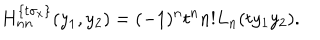
H _ { n n } ^ { \{ t \sigma _ { x } \} } ( y _ { 1 } , y _ { 2 } ) = ( - 1 ) ^ { n } t ^ { n } n ! L _ { n } ( t y _ { 1 } y _ { 2 } ) .